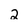
Character: 2